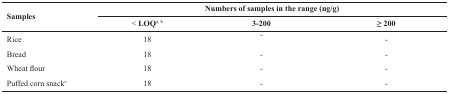
| <ROWSPAN=2> Samples | <COLSPAN=3> Numbers of samples in the range (ng/g) |
 | < LOQa, b | 3-200 | ≥ 200 |
 | --- | --- | --- | --- |
 | Rice | 18 | - | - |
 | Bread | 18 | - | - |
 | Wheat flour | 18 | - | - |
 | Puffed corn snackc | 18 | - | - |